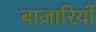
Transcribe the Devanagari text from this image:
बाज़ारियों